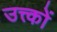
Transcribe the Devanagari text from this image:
उत्त्कों